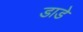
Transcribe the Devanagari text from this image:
डाडे